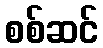
စစ်ဆင်